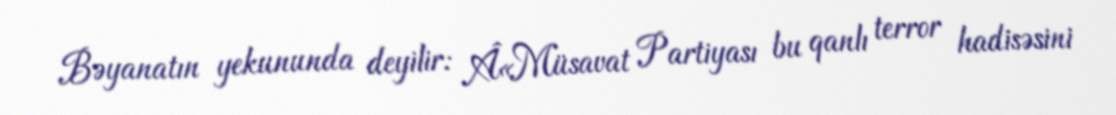
Bəyanatın yekununda deyilir: Â«Müsavat Partiyası bu qanlı terror hadisəsini